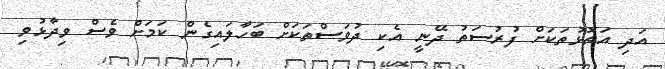
އަދި އަތޮޅުތަކަށް ފުރުސަތު ދޭނީ އެކި ދުވަސްތަކަށް ބަހާލައިގެން ކަމަށް ވެސް ވިދާޅުވި